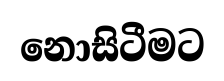
නොසිටීමට